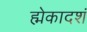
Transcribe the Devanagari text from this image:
ह्मेकादशं